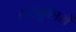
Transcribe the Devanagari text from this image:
वास्‍तुकारों